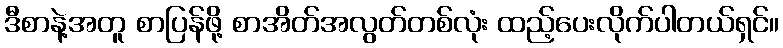
ဒီစာနဲ့အတူ စာပြန်ဖို့ စာအိတ်အလွတ်တစ်လုံး ထည့်ပေးလိုက်ပါတယ်ရှင်။